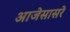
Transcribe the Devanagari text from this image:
आजेसासरे